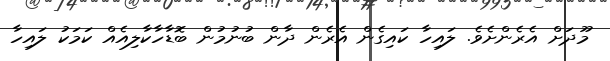
މޫދަށް އެރެންށެވެ. ލައިހާ ކައިގެން އެރެން ދާން ބުނުމުން ބޮޑާހާކާލިއެއް ކަމަކު ލައިހާ